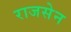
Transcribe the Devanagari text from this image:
राजसेन